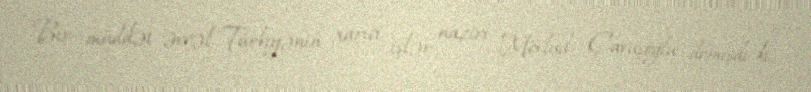
Bir müddət əvvəl Türkiyənin xarici işlər naziri Mövlud Çavuşoğlu demişdi ki,